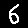
Digit: 6